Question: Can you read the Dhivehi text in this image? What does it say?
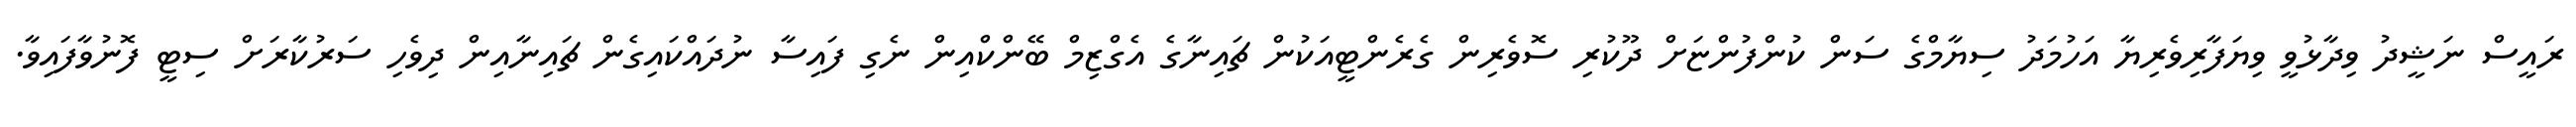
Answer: ރައީސް ނަޝީދު ވިދާޅުވީ ވިޔަފާރިވެރިޔާ އަހުމަދު ސިޔާމްގެ ސަން ކުންފުންޏަށް ދޫކުރި ސޮވެރިން ގެރެންޓީއަކުން ޗައިނާގެ އެގްޒިމް ބޭންކްއިން ނެގި ފައިސާ ނުދައްކައިގެން ޗައިނާއިން ދިވެހި ސަރުކާރަށް ސިޓީ ފޮނުވާފައިވާ.